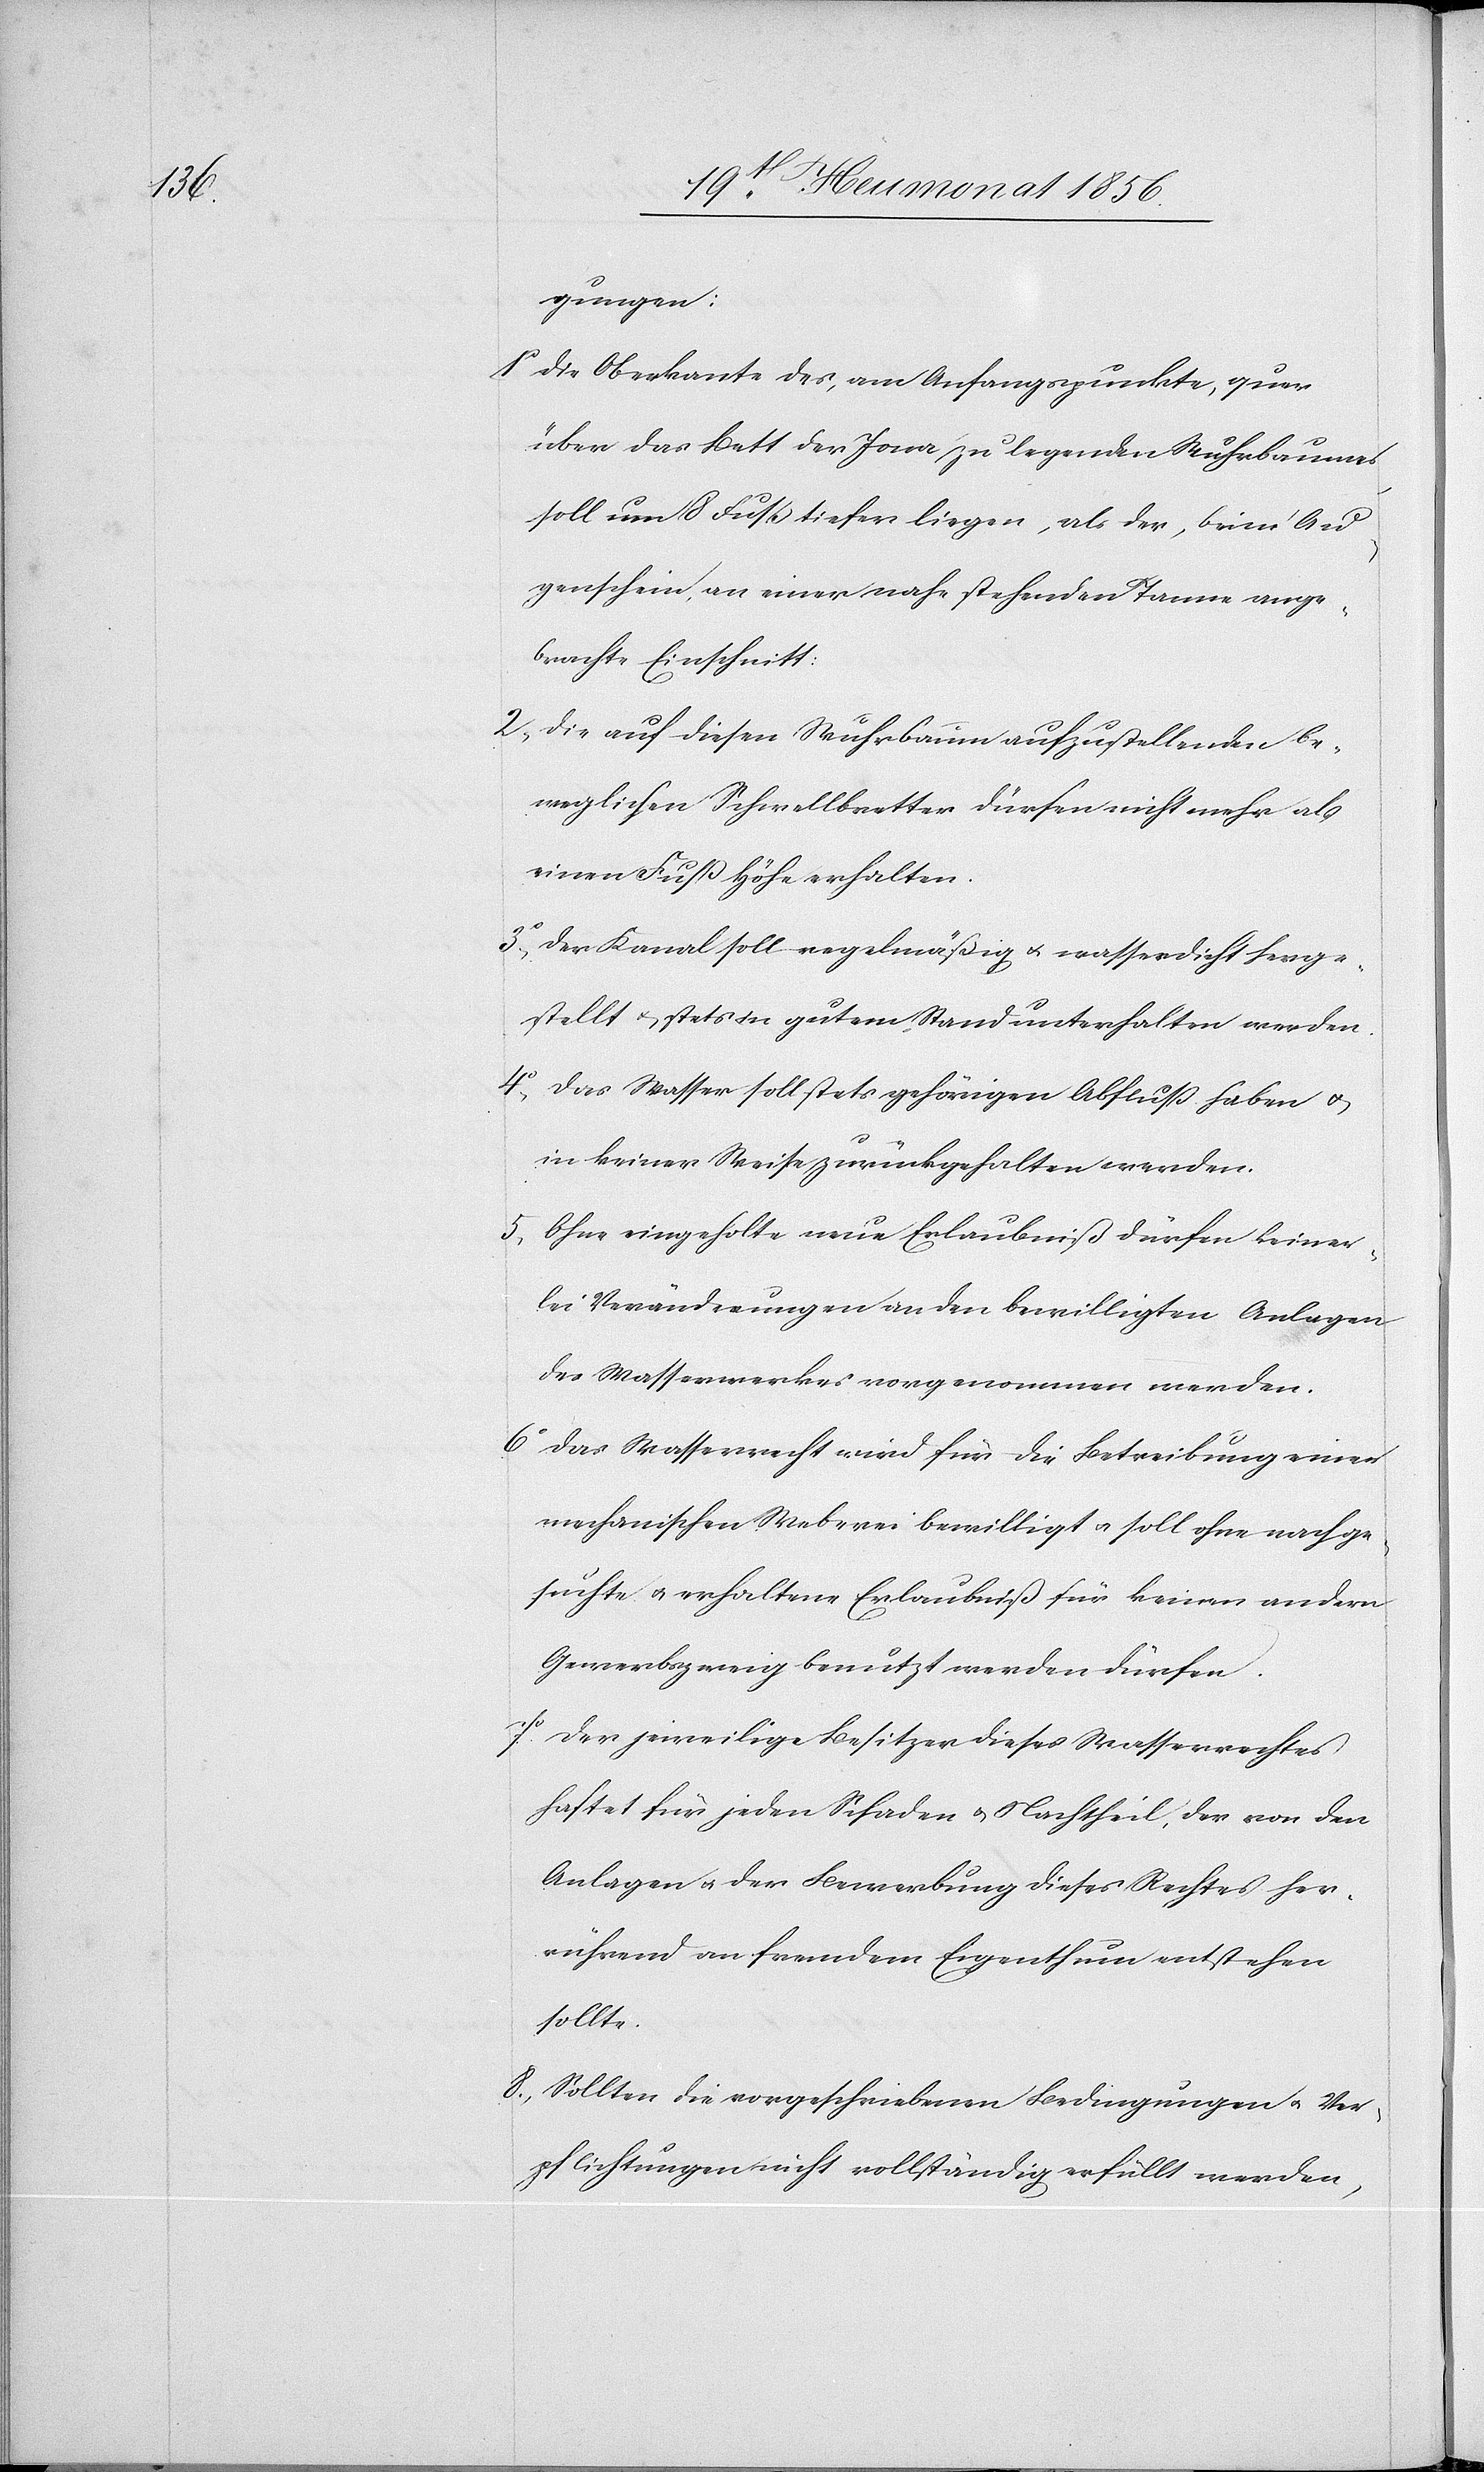
gungen:
1o Die Oberkante des, am Anfangspunkte, quer
über das Bett der Jona zu legenden Wuhrbaumes,
soll um 8 Fuß tiefer liegen, als der, beim Au¬
genschein, an einer nahe stehenden Tanne ange¬
brachte Einschnitt:
2o Die auf diesen Wuhrbaum aufzustellenden be¬
weglichen Schwellbretter dürfen nicht mehr als
einen Fuß Höhe erhalten.
3o Der Kanal soll regelmäßig u. wasserdicht herge¬
stellt u. stets in gutem Stand unterhalten werden.
4o Das Wasser soll stets gehörigen Abfluss haben u.
in keiner Weise zurückgehalten werden.
5o Ohne eingeholte neue Erlaubniß dürfen keiner¬
lei Veränderungen an den bewilligten Anlagen
des Wasserwerkes vorgenommen werden.
6o Das Wasserrecht wird für die Betreibung einer
mechanischen Weberei bewilligt u. soll ohne nachge¬
suchte u. erhaltene Erlaubniß für keinen andern
Gewerbszweig benutzt werden dürfen.
7o Der jeweilige Besitzer dieses Wasserrechtes
haftet für jeden Schaden u. Nachtheil, der von den
Anlagen u. der Bewerbung dieses Rechtes her¬
rührend an fremdem Eigenthum entstehen
sollte.
8o Sollten die vorgeschriebenen Bedingungen u. Ver¬
pflichtungen nicht vollständig erfüllt werden,